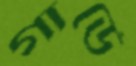
গার্ডে